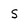
Character: s